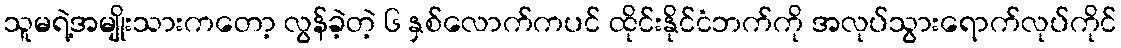
သူမရဲ့အမျိုးသားကတော့ လွန်ခဲ့တဲ့ ၆ နှစ်လောက်ကပင် ထိုင်းနိုင်ငံဘက်ကို အလုပ်သွားရောက်လုပ်ကိုင်